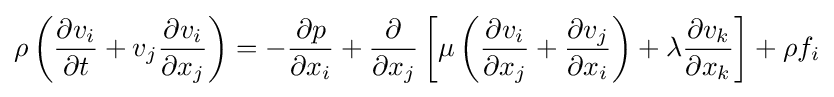
\displaystyle \rho \left({\frac {\partial v_{i}}{\partial t}}+v_{j}{\frac {\partial v_{i}}{\partial x_{j}}}\right)=-{\frac {\partial p}{\partial x_{i}}}+{\frac {\partial }{\partial x_{j}}}\left[\mu \left({\frac {\partial v_{i}}{\partial x_{j}}}+{\frac {\partial v_{j}}{\partial x_{i}}}\right)+\lambda {\frac {\partial v_{k}}{\partial x_{k}}}\right]+\rho f_{i}